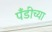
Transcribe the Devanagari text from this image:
पँडीच्या